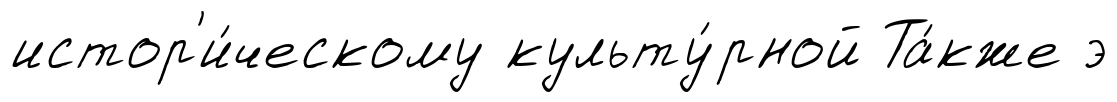
истор'и́ческому культу́рной Та́кже э